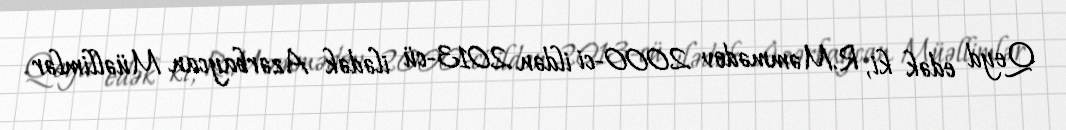
Qeyd edək ki, R.Məmmədov 2000-ci ildən 2013-cü ilədək Azərbaycan Müəllimlər